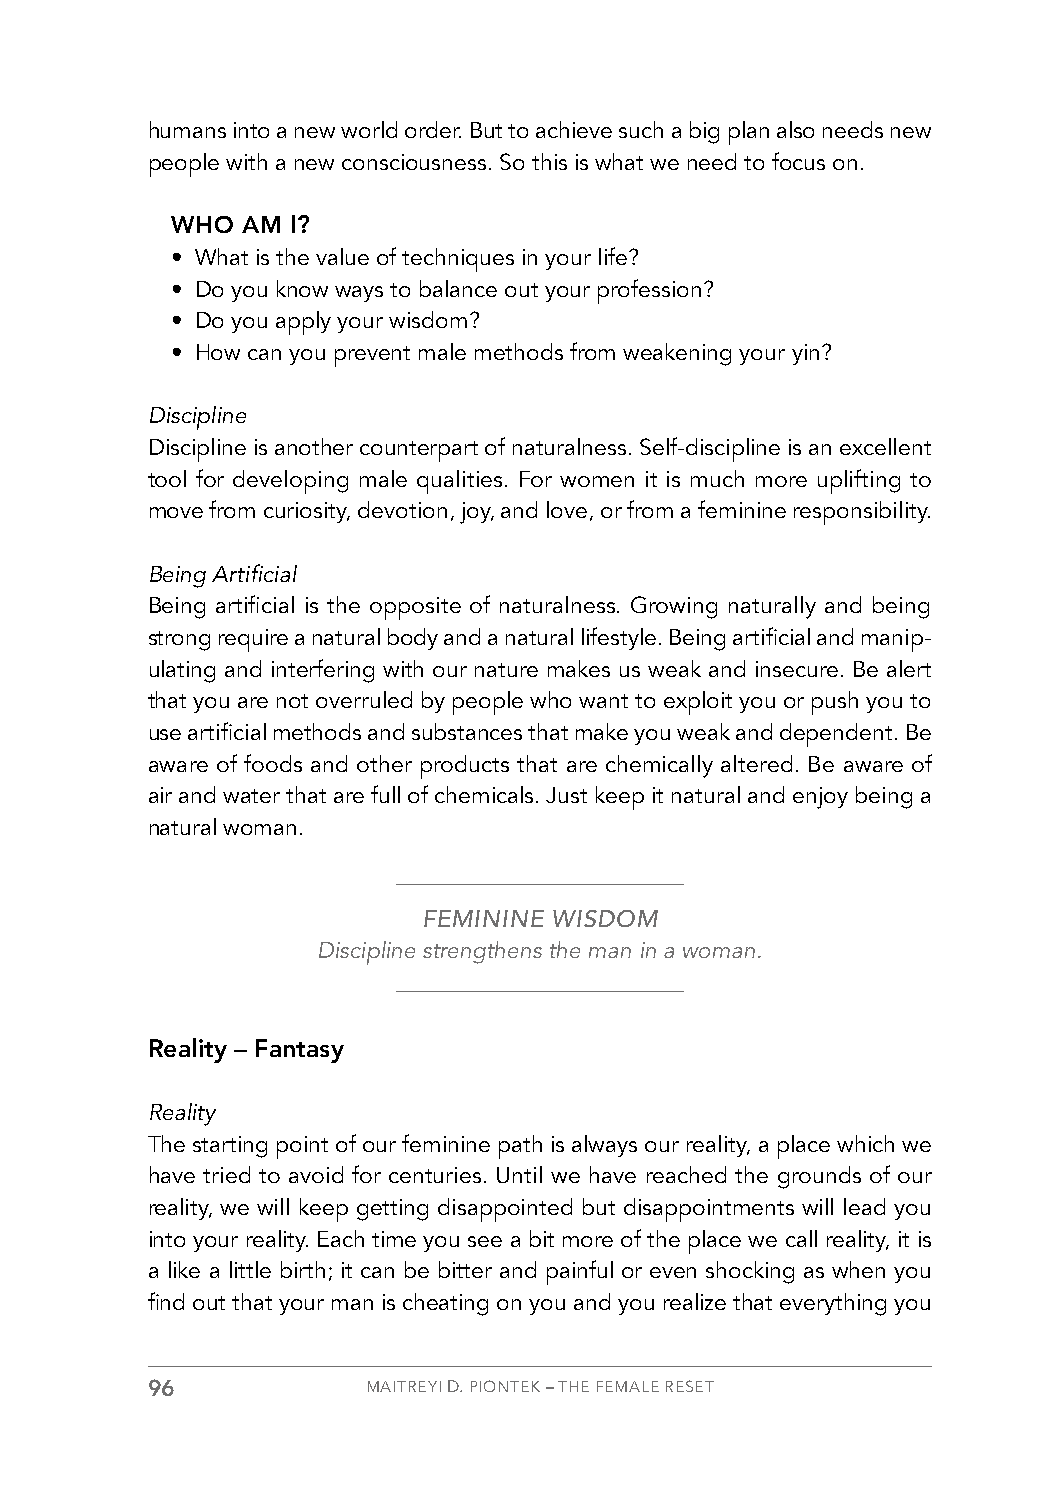
humans into a new world order. But to achieve such a big plan also needs new
 people with a new consciousness. So this is what we need to focus on.
 WHO  AM I?
 • What is the value of techniques in your life?
 • Do you know ways to balance out your profession?
 • Do you apply your wisdom?
 • How can you prevent male methods from weakening your yin?
 Discipline
 Discipline is another counterpart of naturalness. Self-discipline is an excellent
 tool for developing male qualities. For women it is much more uplifting to
 move from curiosity, devotion, joy, and love, or from a feminine responsibility.
 Being Artificial
 Being artificial is the opposite of naturalness. Growing naturally and being
 strong require a natural body and a natural lifestyle. Being artificial and manip-
 ulating and interfering with our nature makes us weak and insecure. Be alert
 that you are not overruled by people who want to exploit you or push you to
 use artificial methods and substances that make you weak and dependent. Be
 aware of foods and other products that are chemically altered. Be aware of
 air and water that are full of chemicals. Just keep it natural and enjoy being a
 natural woman.
 FEMININE WISDOM
 Discipline strengthens the man in a woman.
 Reality – Fantasy
 Reality
 The starting point of our feminine path is always our reality, a place which we
 have tried to avoid for centuries. Until we have reached the grounds of our
 reality, we will keep getting disappointed but disappointments will lead you
 into your reality. Each time you see a bit more of the place we call reality, it is
 a like a little birth; it can be bitter and painful or even shocking as when you
 find out that your man is cheating on you and you realize that everything you
 96            MAITREYI D. PIONTEK – THE FEMALE RESET